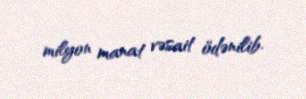
milyon manat vəsait ödənilib.